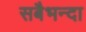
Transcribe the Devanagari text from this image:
सबैभन्दा